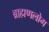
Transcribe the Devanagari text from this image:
ब्राह्मणलोग